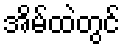
အိမ်ထဲတွင်